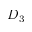
D _ { 3 }